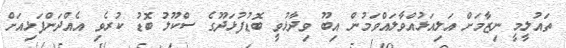
ތައުލީމީ ނިޒާމަށް އަލިއަޅުއްވާލައްވަމުން އިބޫ ވިދާޅުވީ ބޮޑުފުޅަދޫގެ ސްކޫލު ބޮޑު ކުރެވި އެއްދަންފަޅިއަށް